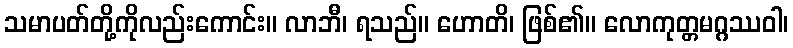
သမာပတ်တို့ကိုလည်းကောင်း။ လာဘီ၊ ရသည်။ ဟောတိ၊ ဖြစ်၏။ လောကုတ္တမဂ္ဂဿဝါ၊